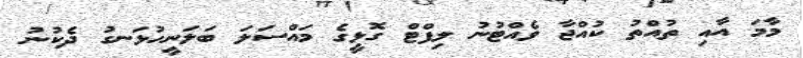
މާމަ އާއި ތުއްތު ކުއްޖާ ވެއްޓުނު ލިފްޓް ގޮޅީގެ މައްސަލަ ބަލަނީހުޅަނގު ދެކުނު